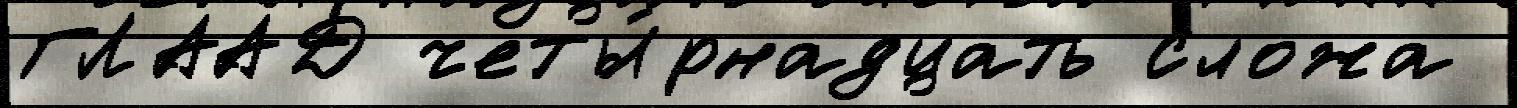
ГЛААД четы́рнадцать сложа